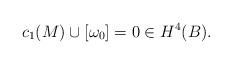
LaTeX: \begin{align*}c_1(M)\cup[\omega_0]=0 \in H^4(B).\end{align*}